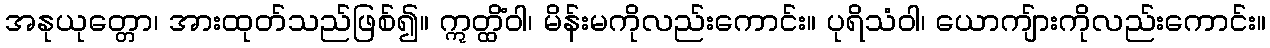
အနုယုတ္တော၊ အားထုတ်သည်ဖြစ်၍။ ဣတ္ထိံဝါ၊ မိန်းမကိုလည်းကောင်း။ ပုရိသံဝါ၊ ယောကျ်ားကိုလည်းကောင်း။